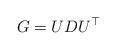
LaTeX: \begin{align*}G= UDU^{\top}\end{align*}